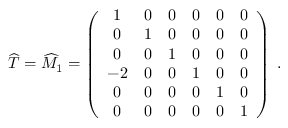
{ \widehat T } = { \widehat M } _ { 1 } = \left( \begin{array} { c c c c c c } { { 1 } } & { { 0 } } & { { 0 } } & { { 0 } } & { { 0 } } & { { 0 } } \\ { { 0 } } & { { 1 } } & { { 0 } } & { { 0 } } & { { 0 } } & { { 0 } } \\ { { 0 } } & { { 0 } } & { { 1 } } & { { 0 } } & { { 0 } } & { { 0 } } \\ { { - 2 } } & { { 0 } } & { { 0 } } & { { 1 } } & { { 0 } } & { { 0 } } \\ { { 0 } } & { { 0 } } & { { 0 } } & { { 0 } } & { { 1 } } & { { 0 } } \\ { { 0 } } & { { 0 } } & { { 0 } } & { { 0 } } & { { 0 } } & { { 1 } } \end{array} \right) \; .